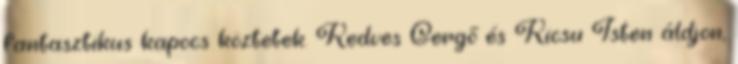
fantasztikus kapocs köztetek. Kedves Gergő és Kicsu Isten áldjon,